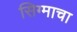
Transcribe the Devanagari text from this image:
सिग्माचा